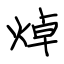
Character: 焯